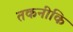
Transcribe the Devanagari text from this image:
तकनीकि